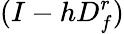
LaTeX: (I-hD_{f}^{r})